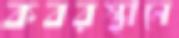
কবরস্থানে